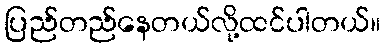
ပြည်တည်နေတယ်လို့ထင်ပါတယ်။